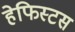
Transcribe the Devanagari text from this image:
हेफिस्टस